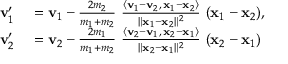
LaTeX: \begin{array} { r l } { \mathbf { v } _ { 1 } ^ { \prime } } & { { } = \mathbf { v } _ { 1 } - { \frac { 2 m _ { 2 } } { m _ { 1 } + m _ { 2 } } } \ { \frac { \langle \mathbf { v } _ { 1 } - \mathbf { v } _ { 2 } , \, \mathbf { x } _ { 1 } - \mathbf { x } _ { 2 } \rangle } { \| \mathbf { x } _ { 1 } - \mathbf { x } _ { 2 } \| ^ { 2 } } } \ ( \mathbf { x } _ { 1 } - \mathbf { x } _ { 2 } ) , } \\ { \mathbf { v } _ { 2 } ^ { \prime } } & { { } = \mathbf { v } _ { 2 } - { \frac { 2 m _ { 1 } } { m _ { 1 } + m _ { 2 } } } \ { \frac { \langle \mathbf { v } _ { 2 } - \mathbf { v } _ { 1 } , \, \mathbf { x } _ { 2 } - \mathbf { x } _ { 1 } \rangle } { \| \mathbf { x } _ { 2 } - \mathbf { x } _ { 1 } \| ^ { 2 } } } \ ( \mathbf { x } _ { 2 } - \mathbf { x } _ { 1 } ) } \end{array}